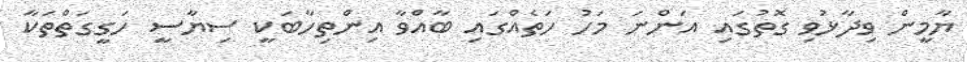
ޔާމީން ވިދާޅުވި ގޮތުގައި އަންނަ މަހު ހަތެއްގައި ބާއްވާ އިންތިހާބަކީ ސިޔާސީ ހަގީގަތްތަކާ